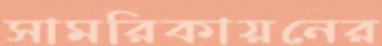
সামরিকায়নের